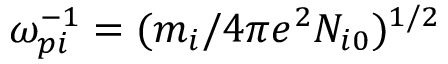
\omega _ { p i } ^ { - 1 } = ( m _ { i } / 4 \pi e ^ { 2 } N _ { i 0 } ) ^ { 1 / 2 }